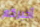
أخبركم